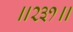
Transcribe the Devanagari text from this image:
॥२३१॥